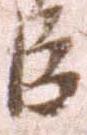
臣